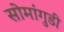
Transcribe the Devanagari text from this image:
सोमांगुडी